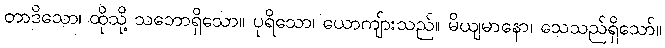
တာဒိသော၊ ထိုသို့ သဘောရှိသော။ ပုရိသော၊ ယောကျ်ားသည်။ မိယျမာနော၊ သေသည်ရှိသော်။